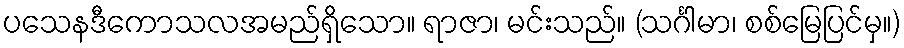
ပသေနဒီကောသလအမည်ရှိသော။ ရာဇာ၊ မင်းသည်။ (သင်္ဂါမာ၊ စစ်မြေပြင်မှ။)